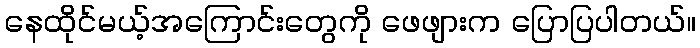
နေထိုင်မယ့်အကြောင်းတွေကို ဖေဖျားက ပြောပြပါတယ်။